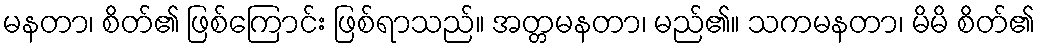
မနတာ၊ စိတ်၏ ဖြစ်ကြောင်း ဖြစ်ရာသည်။ အတ္တမနတာ၊ မည်၏။ သကမနတာ၊ မိမိ စိတ်၏